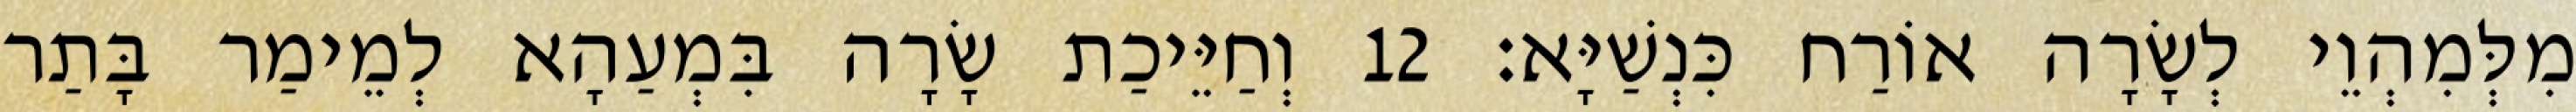
מִלְּמִהְוֵי לְשָׂרָה אוֹרַח כִּנְשַׁיָּא׃ 12 וְחַיֵּיכַת שָׂרָה בִּמְעַהָא לְמֵימַר בָּתַר